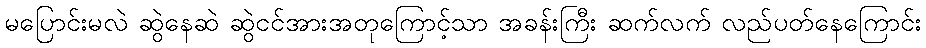
မပြောင်းမလဲ ဆွဲနေဆဲ ဆွဲငင်အားအတုကြောင့်သာ အခန်းကြီး ဆက်လက် လည်ပတ်နေကြောင်း